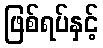
ဖြစ်ရပ်နှင့်